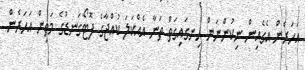
އަހަރެން އެގެއިން ނިކުންނަން ހިނގައިގަތް ތަނާ އެއްކަލަ ކުއްޖާގެ ފޮޓޯގަނޑުގެ މަތިން އަހަރެން